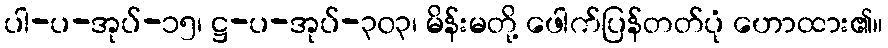
ပါ-ပ-အုပ်-၁၅၊ ဋ္ဌ-ပ-အုပ်-၃၀၃၊ မိန်းမတို့ ဖေါက်ပြန်တတ်ပုံ ဟောထား၏။